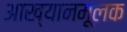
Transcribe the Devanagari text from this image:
आख्यानमूलक